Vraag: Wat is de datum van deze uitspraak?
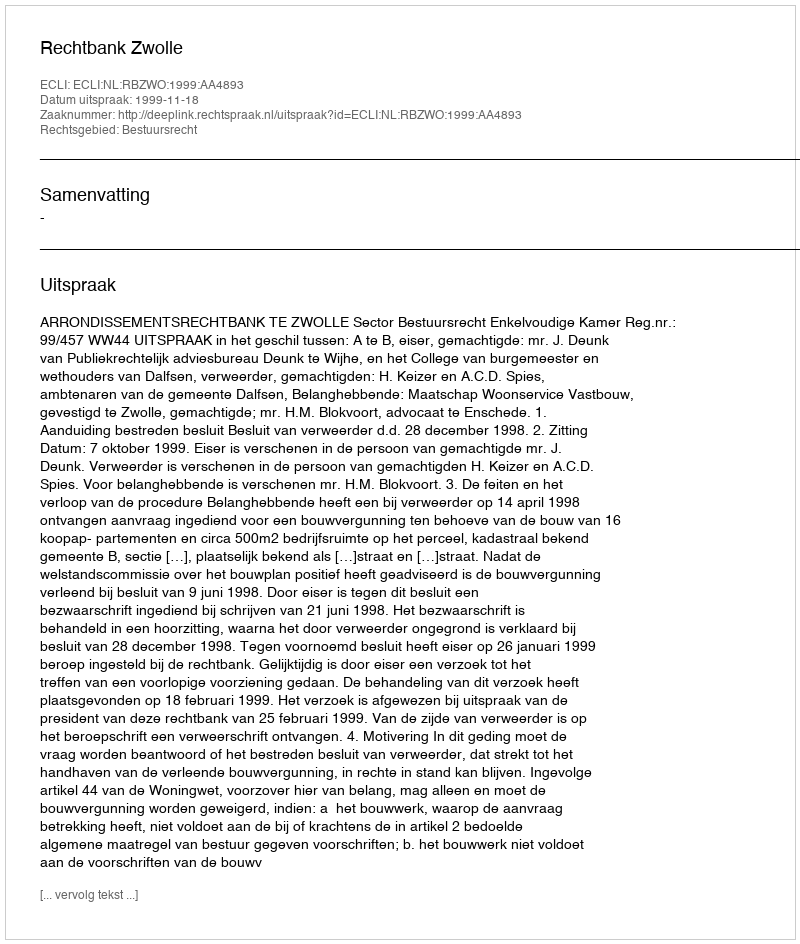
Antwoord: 1999-11-18